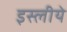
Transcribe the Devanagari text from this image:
इस्लीये